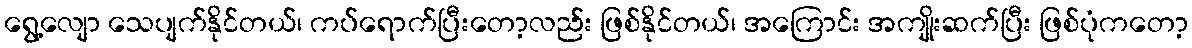
ရွေ့လျော သေပျက်နိုင်တယ်၊ ကပ်ရောက်ပြီးတော့လည်း ဖြစ်နိုင်တယ်၊ အကြောင်း အကျိုးဆက်ပြီး ဖြစ်ပုံကတော့